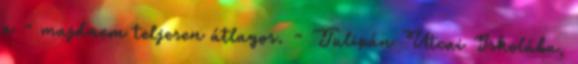
a - majdnem teljesen átlagos. - Tulipán Utcai Iskolába,